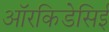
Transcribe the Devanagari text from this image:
ऑरकिडेसिई